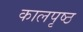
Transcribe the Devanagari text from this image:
कालपृष्ठ